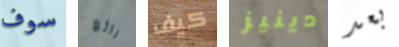
سوف رائع كيف دينيز بعد